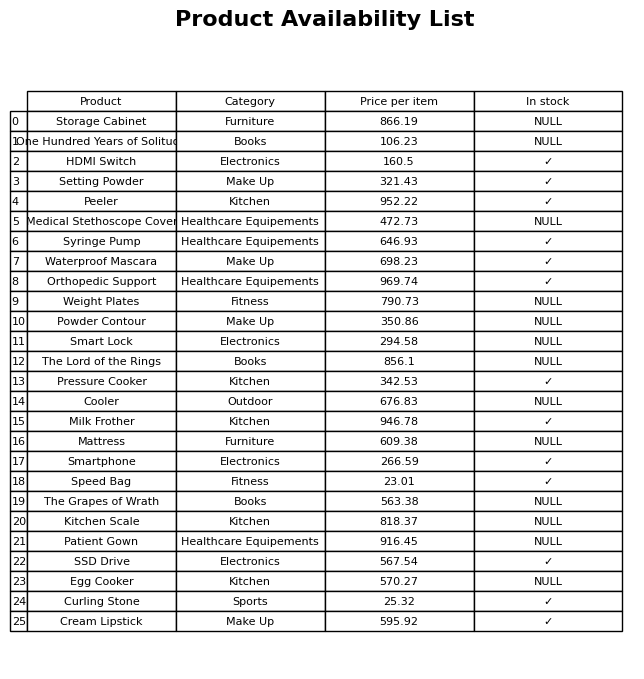
question: What is the price of the Pressure Cooker?
answer: The price of Pressure Cooker is 342.53.